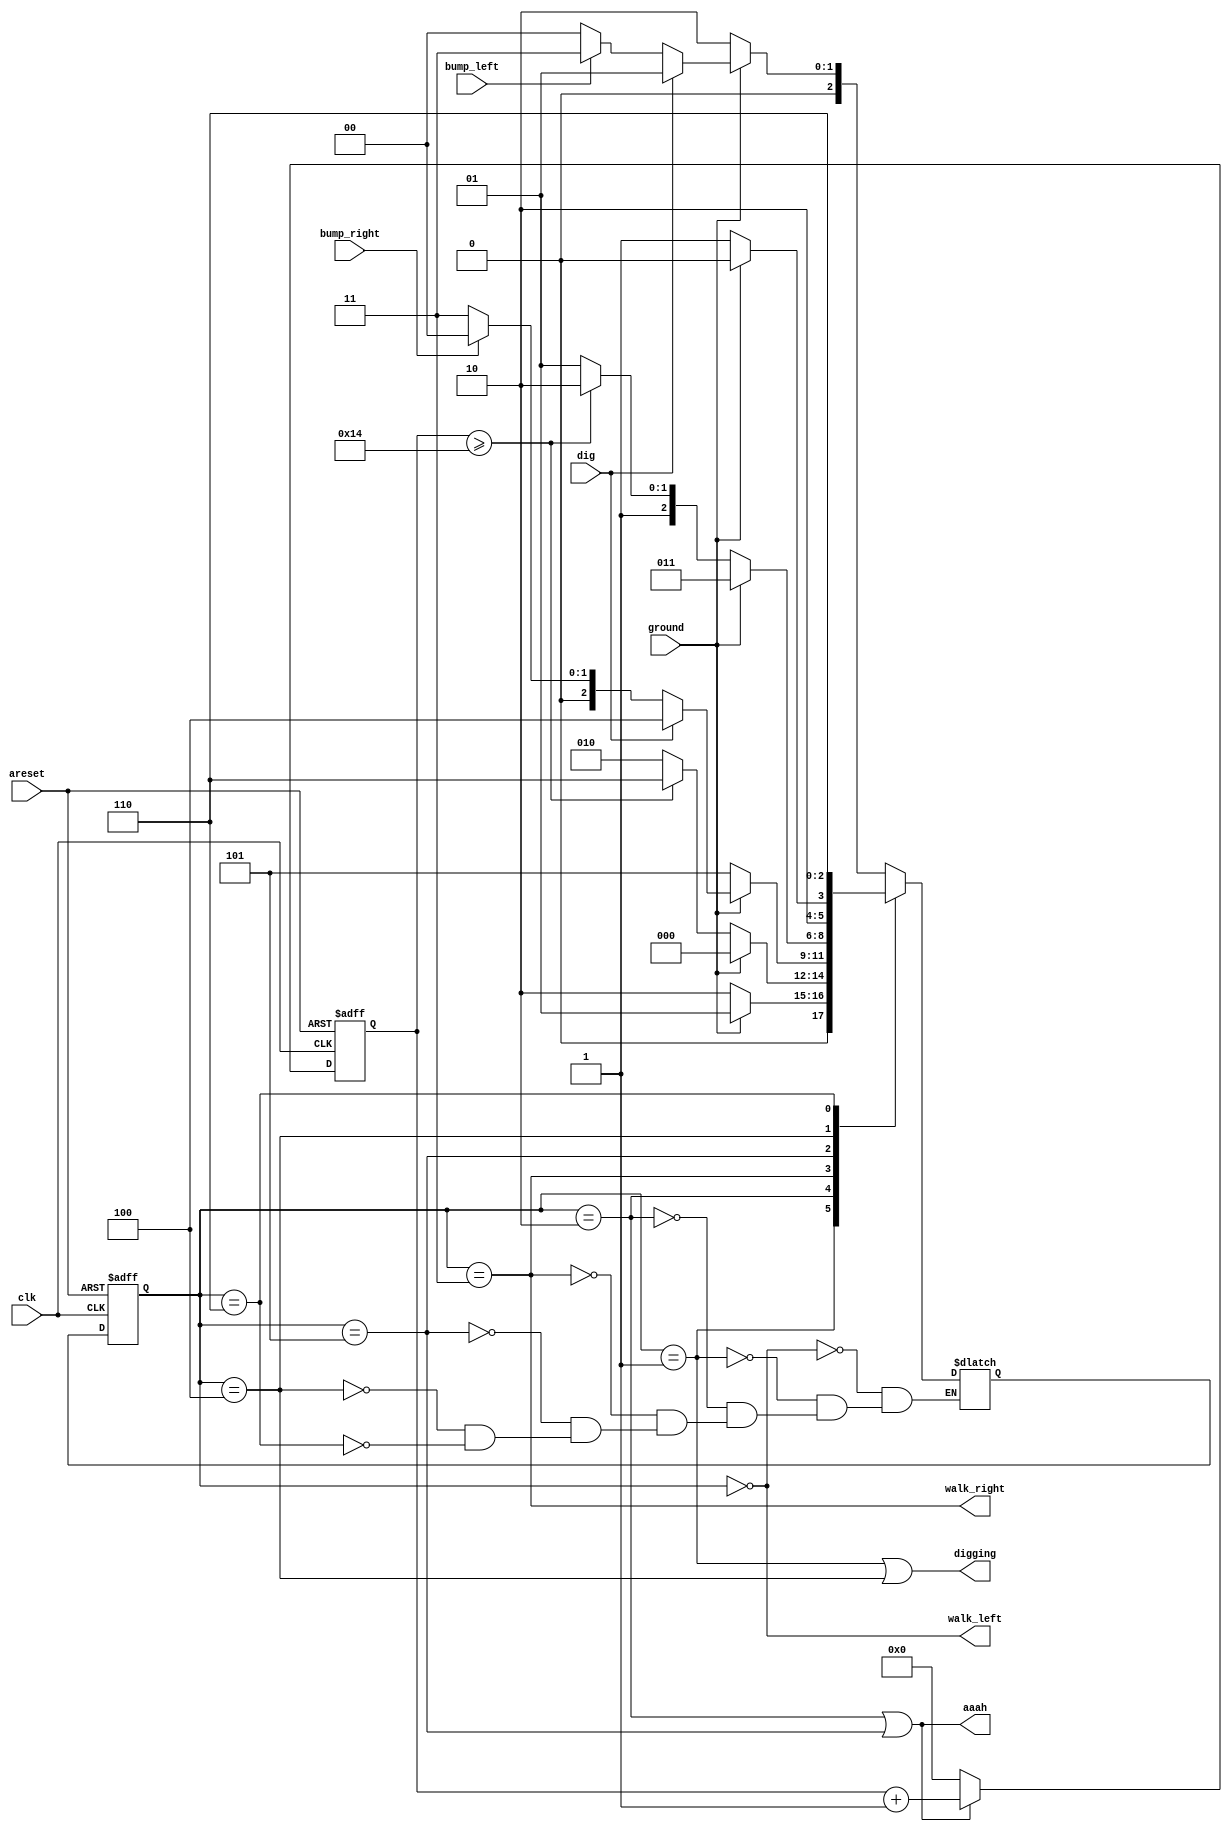
module top_module(
    input clk,
    input areset,    // Freshly brainwashed Lemmings walk left.
    input bump_left,
    input bump_right,
    input ground,
    input dig,
    output walk_left,
    output walk_right,
    output aaah,
    output digging 
    );



    reg [4:0] cnt;
    reg                                [2:0]curr_state,next_state;
    wire cnt_en;
    wire oops  ;
    assign cnt_en=(curr_state==FALL_L)||(curr_state==FALL_R);
    assign oops  =(cnt>=5'd20);


    parameter   LEFT    = 0,
                DIG_L   = 1,
                FALL_L  = 2,
                RIGHT   = 3,
                DIG_R   = 4,
                FALL_R  = 5,
                SPLAT   = 6;
    always@(posedge clk or posedge areset) begin
        if(areset)  curr_state<=      LEFT;
        else        curr_state<=next_state;
    end
    
    always@(posedge clk or posedge areset) begin
        if(areset)      cnt<=5'b0    ;
        else if(cnt_en) cnt<=cnt+1'b1;
        else            cnt<=5'b0    ;
    end

    always @(*) begin

        case(curr_state)
            LEFT  : if        (!ground)  next_state =  FALL_L;
                    else if       (dig)  next_state =   DIG_L;
                    else if (bump_left)  next_state =   RIGHT;
                    else                 next_state =    LEFT;

            DIG_L:  if        (!ground)  next_state =  FALL_L;
                    else if       (dig)  next_state =   DIG_L;
                    else                 next_state =   DIG_L;

            FALL_L: if        (!ground)  next_state = oops? SPLAT: FALL_L;

                    else                 next_state =    LEFT;
                                        
            RIGHT : if        (!ground)  next_state =  FALL_R;
                    else if       (dig)  next_state =   DIG_R;
                    else if(bump_right)  next_state =    LEFT;
                    else                 next_state =   RIGHT;



            FALL_R: if        (!ground)  next_state = oops? SPLAT: FALL_R;
                    else                 next_state =   RIGHT;

            

            DIG_R:  if        (!ground)  next_state =  FALL_R;
                    else if       (dig)  next_state =   DIG_R;
                    else                 next_state =   DIG_R;
       
            SPLAT:                       next_state =   SPLAT;
        endcase


    end

    assign  walk_left  = (curr_state== LEFT);
    assign walk_right  = (curr_state==RIGHT);
    assign       aaah  = (curr_state==FALL_L)||(curr_state==FALL_R);
    assign    digging  =(curr_state == DIG_L)||(curr_state== DIG_R);

    endmodule